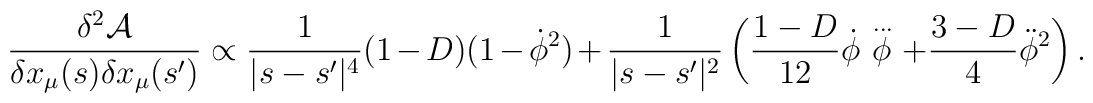
\frac{\delta ^{2}\mathcal{A}}{\delta x_{\mu }(s)\delta x_{\mu }(s')}\propto \frac{1}{|s-s'|^{4}}(1-D)(1-\dot{\phi }^{2})+\frac{1}{|s-s'|^{2}}\left( \frac{1-D}{12}\dot{\phi }\stackrel{{\, ...}}{\phi }+\frac{3-D}{4}\ddot{\phi }^{2}\right) .